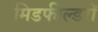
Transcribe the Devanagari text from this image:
मिडफील्डरों